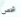
شخص